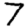
Digit: 7